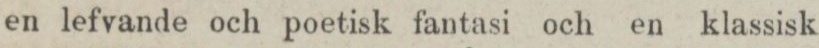
en lefvande och poetisk fantasi och en klassisk